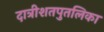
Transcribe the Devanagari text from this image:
दात्रीशतपुतलिका